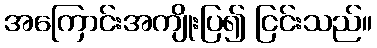
အကြောင်းအကျိုးပြ၍ ငြင်းသည်။